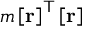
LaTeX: m \left[ \mathbf { r } \right] ^ { \mathsf { T } } \left[ \mathbf { r } \right]